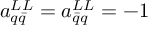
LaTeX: a _ { q \bar { q } } ^ { L L } = a _ { \bar { q } q } ^ { L L } = - 1